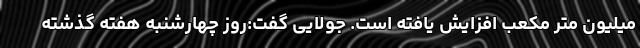
میلیون متر مکعب افزایش یافته است. جولایی گفت:روز چهارشنبه هفته گذشته